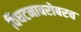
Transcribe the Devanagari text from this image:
विघटनाबरोबरच